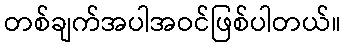
တစ်ချက်အပါအဝင်ဖြစ်ပါတယ်။